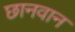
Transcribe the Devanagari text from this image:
छानवान